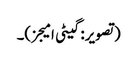
(تصویر: گیٹی امیجز)۔